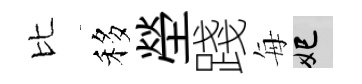
比移塋踐每妃